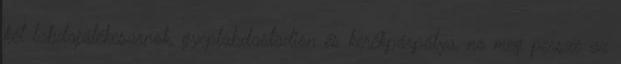
két labdajátékcsarnok, gyeplabdastadion és kerékpárpálya, no meg persze az